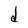
Character: d